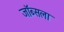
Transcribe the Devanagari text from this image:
जॉब्सला